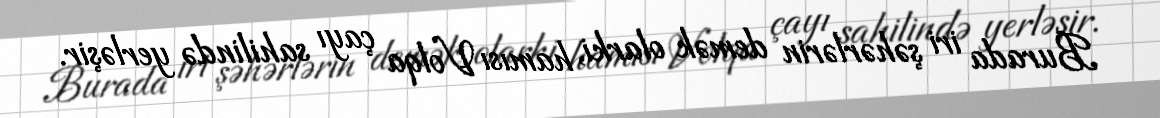
Burada iri şəhərlərin demək olarki, hamısı Volqa çayı sahilində yerləşir.